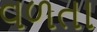
વળતા